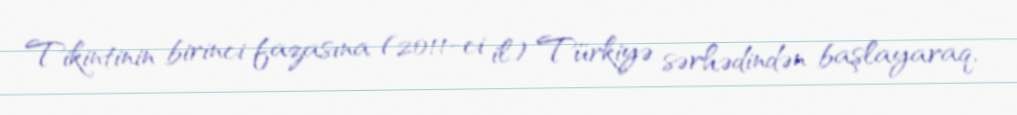
Tikintinin birinci fazasına (2011-ci il) Türkiyə sərhədindən başlayaraq,